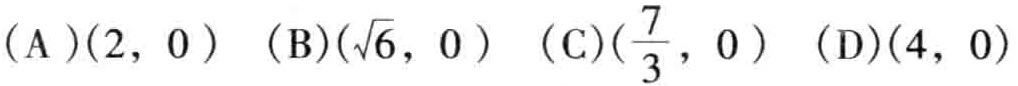
$(\mathrm{A})(2,0)\ (\mathrm{B})(\sqrt{6},0)\ (\mathrm{C})(\frac{7}{3},0)\ (\mathrm{D})(4,0)$